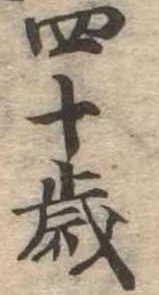
四十歳